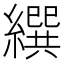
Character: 繏